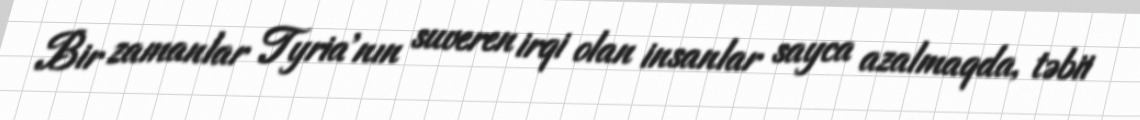
Bir zamanlar Tyria'nın suveren irqi olan insanlar sayca azalmaqda, təbii